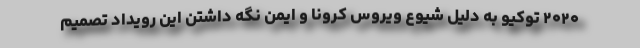
۲۰۲۰ توکیو به دلیل شیوع ویروس کرونا و ایمن نگه داشتن این رویداد تصمیم